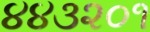
૪૪૩૨૦૧